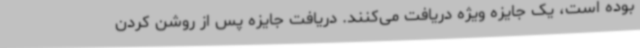
بوده است، یک جایزه ویژه دریافت می‌کنند. دریافت جایزه پس از روشن کردن